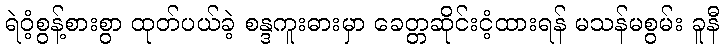
ရဲဝံ့စွန့်စားစွာ ထုတ်ပယ်ခဲ့ စန္ဒကူးဓားမှာ ခေတ္တဆိုင်းငံ့ထားရန် မသန်မစွမ်း ခူနီ